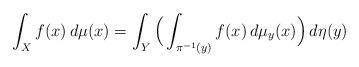
LaTeX: \begin{align*}\int_{X} f(x)\,d\mu(x)=\int_Y\Big(\int_{\pi^{-1}(y)}f(x)\,d\mu_y(x) \Big )\,d\eta(y)\end{align*}